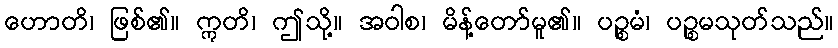
ဟောတိ၊ ဖြစ်၏။ ဣတိ၊ ဤသို့။ အဝါစ၊ မိန့်တော်မူ၏။ ပဉ္စမံ၊ ပဉ္စမသုတ်သည်။